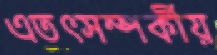
এতৎসম্পর্কীয়